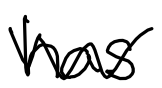
Text: has
Cross-out: zig-zag
Writing tool: digital_black